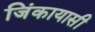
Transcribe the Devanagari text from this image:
जिंकायासी